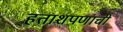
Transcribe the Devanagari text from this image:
हताशपणाची